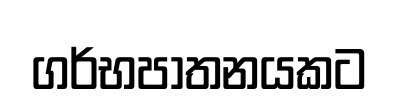
ගර්භපාතනයකට